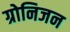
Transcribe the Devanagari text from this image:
ग्रोनिजन